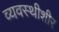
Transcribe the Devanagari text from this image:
व्यवस्थीशीर